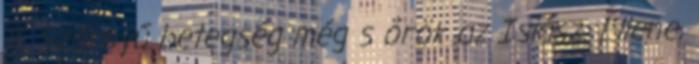
11. Szörnyű betegség még s örök az Isiász. Ellene,